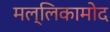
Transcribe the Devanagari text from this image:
मल्लिकामोद